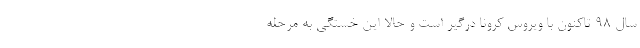
سال ۹۸ تاکنون با ویروس کرونا درگیر است و حالا این خستگی به مرحله